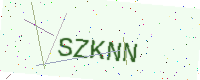
Text: SZKNN